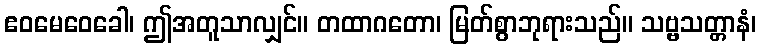
ဧဝမေဝေခေါ၊ ဤအတူသာလျှင်။ တထာဂတော၊ မြတ်စွာဘုရားသည်။ သဗ္ဗသတ္တာနံ၊